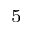
^ { 5 }